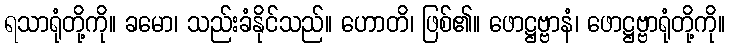
ရသာရုံတို့ကို။ ခမော၊ သည်းခံနိုင်သည်။ ဟောတိ၊ ဖြစ်၏။ ဖောဋ္ဌဗ္ဗာနံ၊ ဖောဋ္ဌဗ္ဗာရုံတို့ကို။